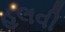
હલવી